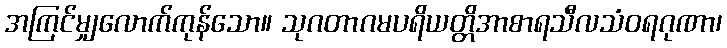
အကြင်မျှလောက်ကုန်သော။ သုဂတာဂမပရိယတ္တိအာစာရသီလသံဝရဂုဏာ၊